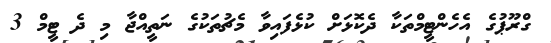
ގްރޫޕުގެ އެހެންޓީމްތަކާ ދެކޮޅަށް ކުޅެފައިވާ މެޗުތަކުގެ ނަތީއްޖާ މި ދެ ޓީމް 3